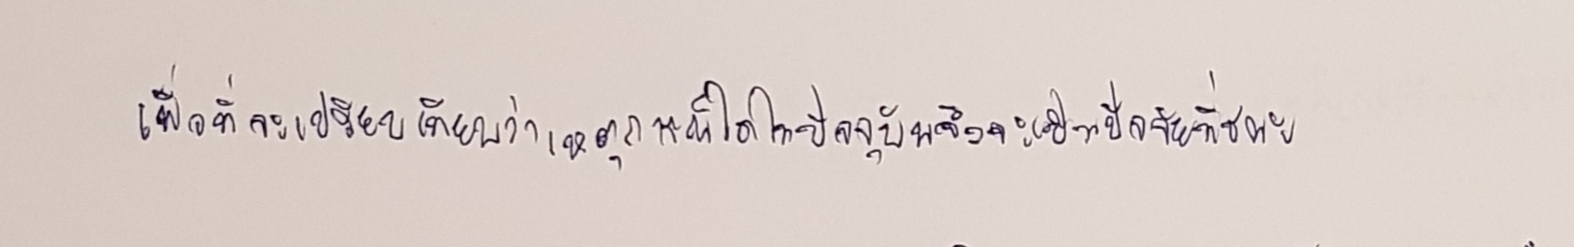
เพื่อที่จะเปรียบเทียบว่าเหตุการณ์ใดในปัจจุบันจึงจะเป็นปัจจัยที่ชนะ